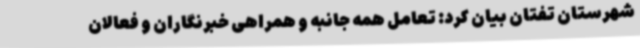
شهرستان تفتان بیان کرد: تعامل همه جانبه و همراهی خبرنگاران و فعالان